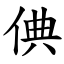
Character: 倎